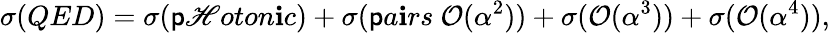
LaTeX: \sigma(QED)=\sigma(\mathsf{p}\mathscr{H}oton\mathbf{i}c)+\sigma(\mathsf{p}a\mathbf{i}rs~{\cal{O}}(\alpha^{2}))+\sigma({\cal{O}}(\alpha^{3}))+\sigma({\cal{O}}(\alpha^{4})),